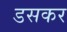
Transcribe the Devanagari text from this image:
डसकर